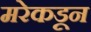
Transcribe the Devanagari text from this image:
मरेकडून